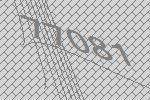
77081